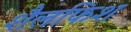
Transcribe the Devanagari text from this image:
शैलफिश